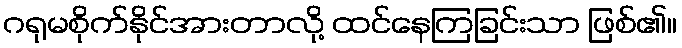
ဂရုမစိုက်နိုင်အားတာလို့ ထင်နေကြခြင်းသာ ဖြစ်၏။